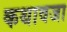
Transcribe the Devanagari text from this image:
कथावजा